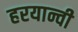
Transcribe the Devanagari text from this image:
हरयान्वी